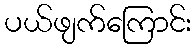
ပယ်ဖျက်ကြောင်း